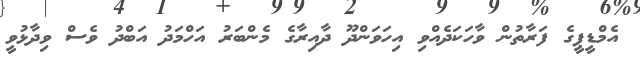
އެމްޑީޕީގެ ފަރާތުން ވާހަކަދެއްވި އިހަވަންދޫ ދާއިރާގެ މެންބަރު އަހްމަދު އަބްދު ވެސް ވިދާޅުވީ